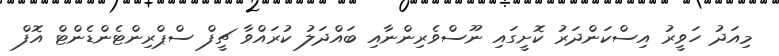
މިއަދު ހަވީރު އިސްކަންދަރު ކޮށީގައި ނޫސްވެރިންނާއި ބައްދަލު ކުރައްވާ ޗީފް ސްޕްރިންޓެންޑެންޓް އޮފް